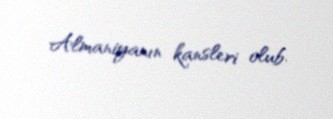
Almaniyanın kansleri olub.